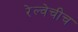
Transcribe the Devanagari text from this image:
रेल्वेचीच